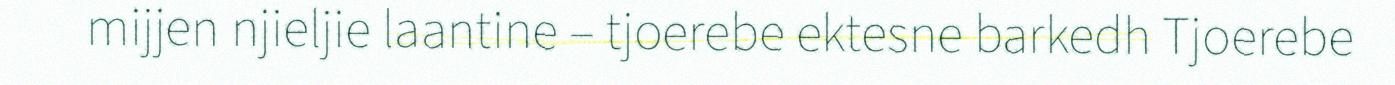
mijjen njieljie laantine – tjoerebe ektesne barkedh Tjoerebe